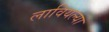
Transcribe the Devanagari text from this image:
लावियल्या